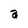
Character: a